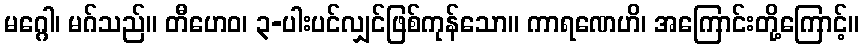
မဂ္ဂေါ၊ မဂ်သည်။ တီဟေဝ၊ ၃-ပါးပင်လျှင်ဖြစ်ကုန်သော။ ကာရဏေဟိ၊ အကြောင်းတို့ကြောင့်။